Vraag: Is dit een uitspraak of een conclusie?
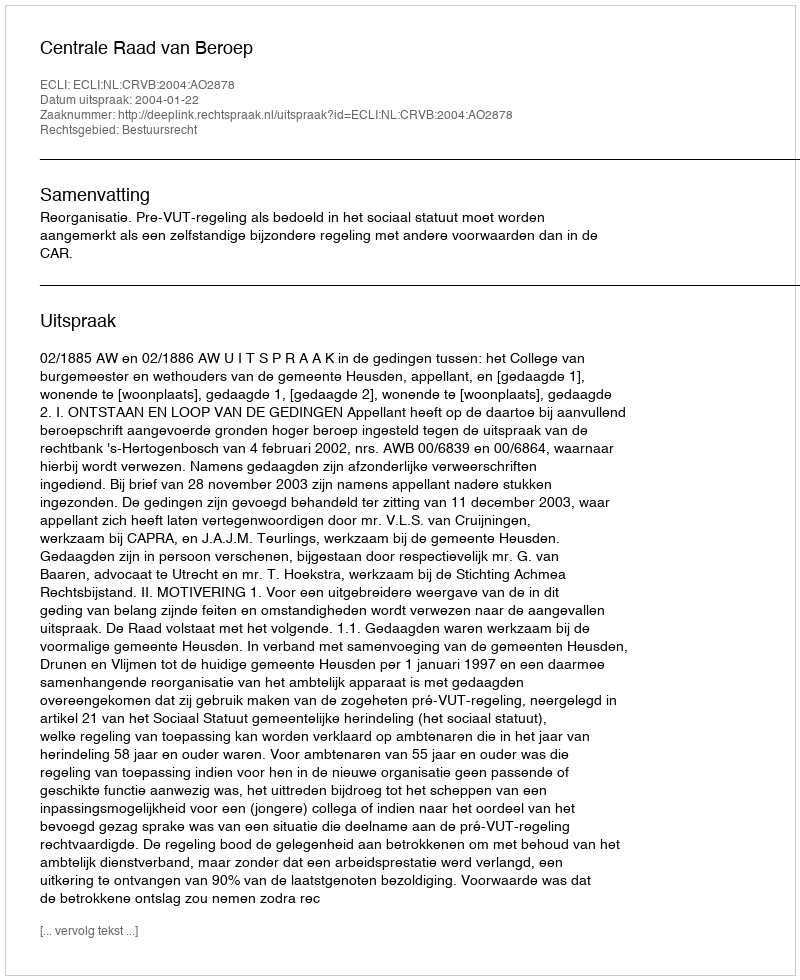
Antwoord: Uitspraak